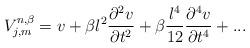
LaTeX: \begin{align*}V_{j,m}^{n,\beta }=v+\beta l^{2}\frac{\partial ^{2}v}{\partial t^{2}}+\beta\frac{l^{4}}{12}\frac{\partial ^{4}v}{\partial t^{4}}+...\end{align*}